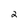
Character: 2